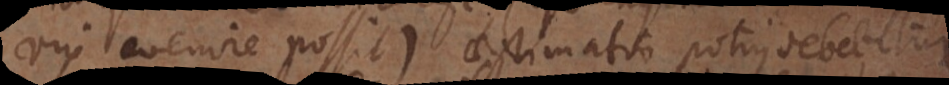
vix evenire possit), aestimatio potius debebitur